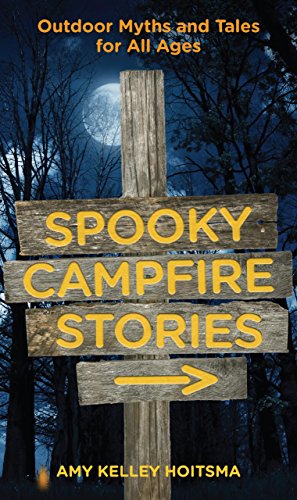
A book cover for Spooky Campfire Stories: Outdoor Myths And Tales For All Ages; Amy Hoitsma; Sports & Outdoors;